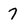
Character: 7